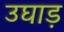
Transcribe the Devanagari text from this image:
उघाड़